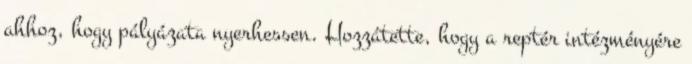
ahhoz, hogy pályázata nyerhessen. Hozzátette, hogy a reptér intézményére